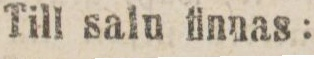
Till salu finnas: